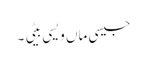
جیسی ماں ویسی بیٹی ۔